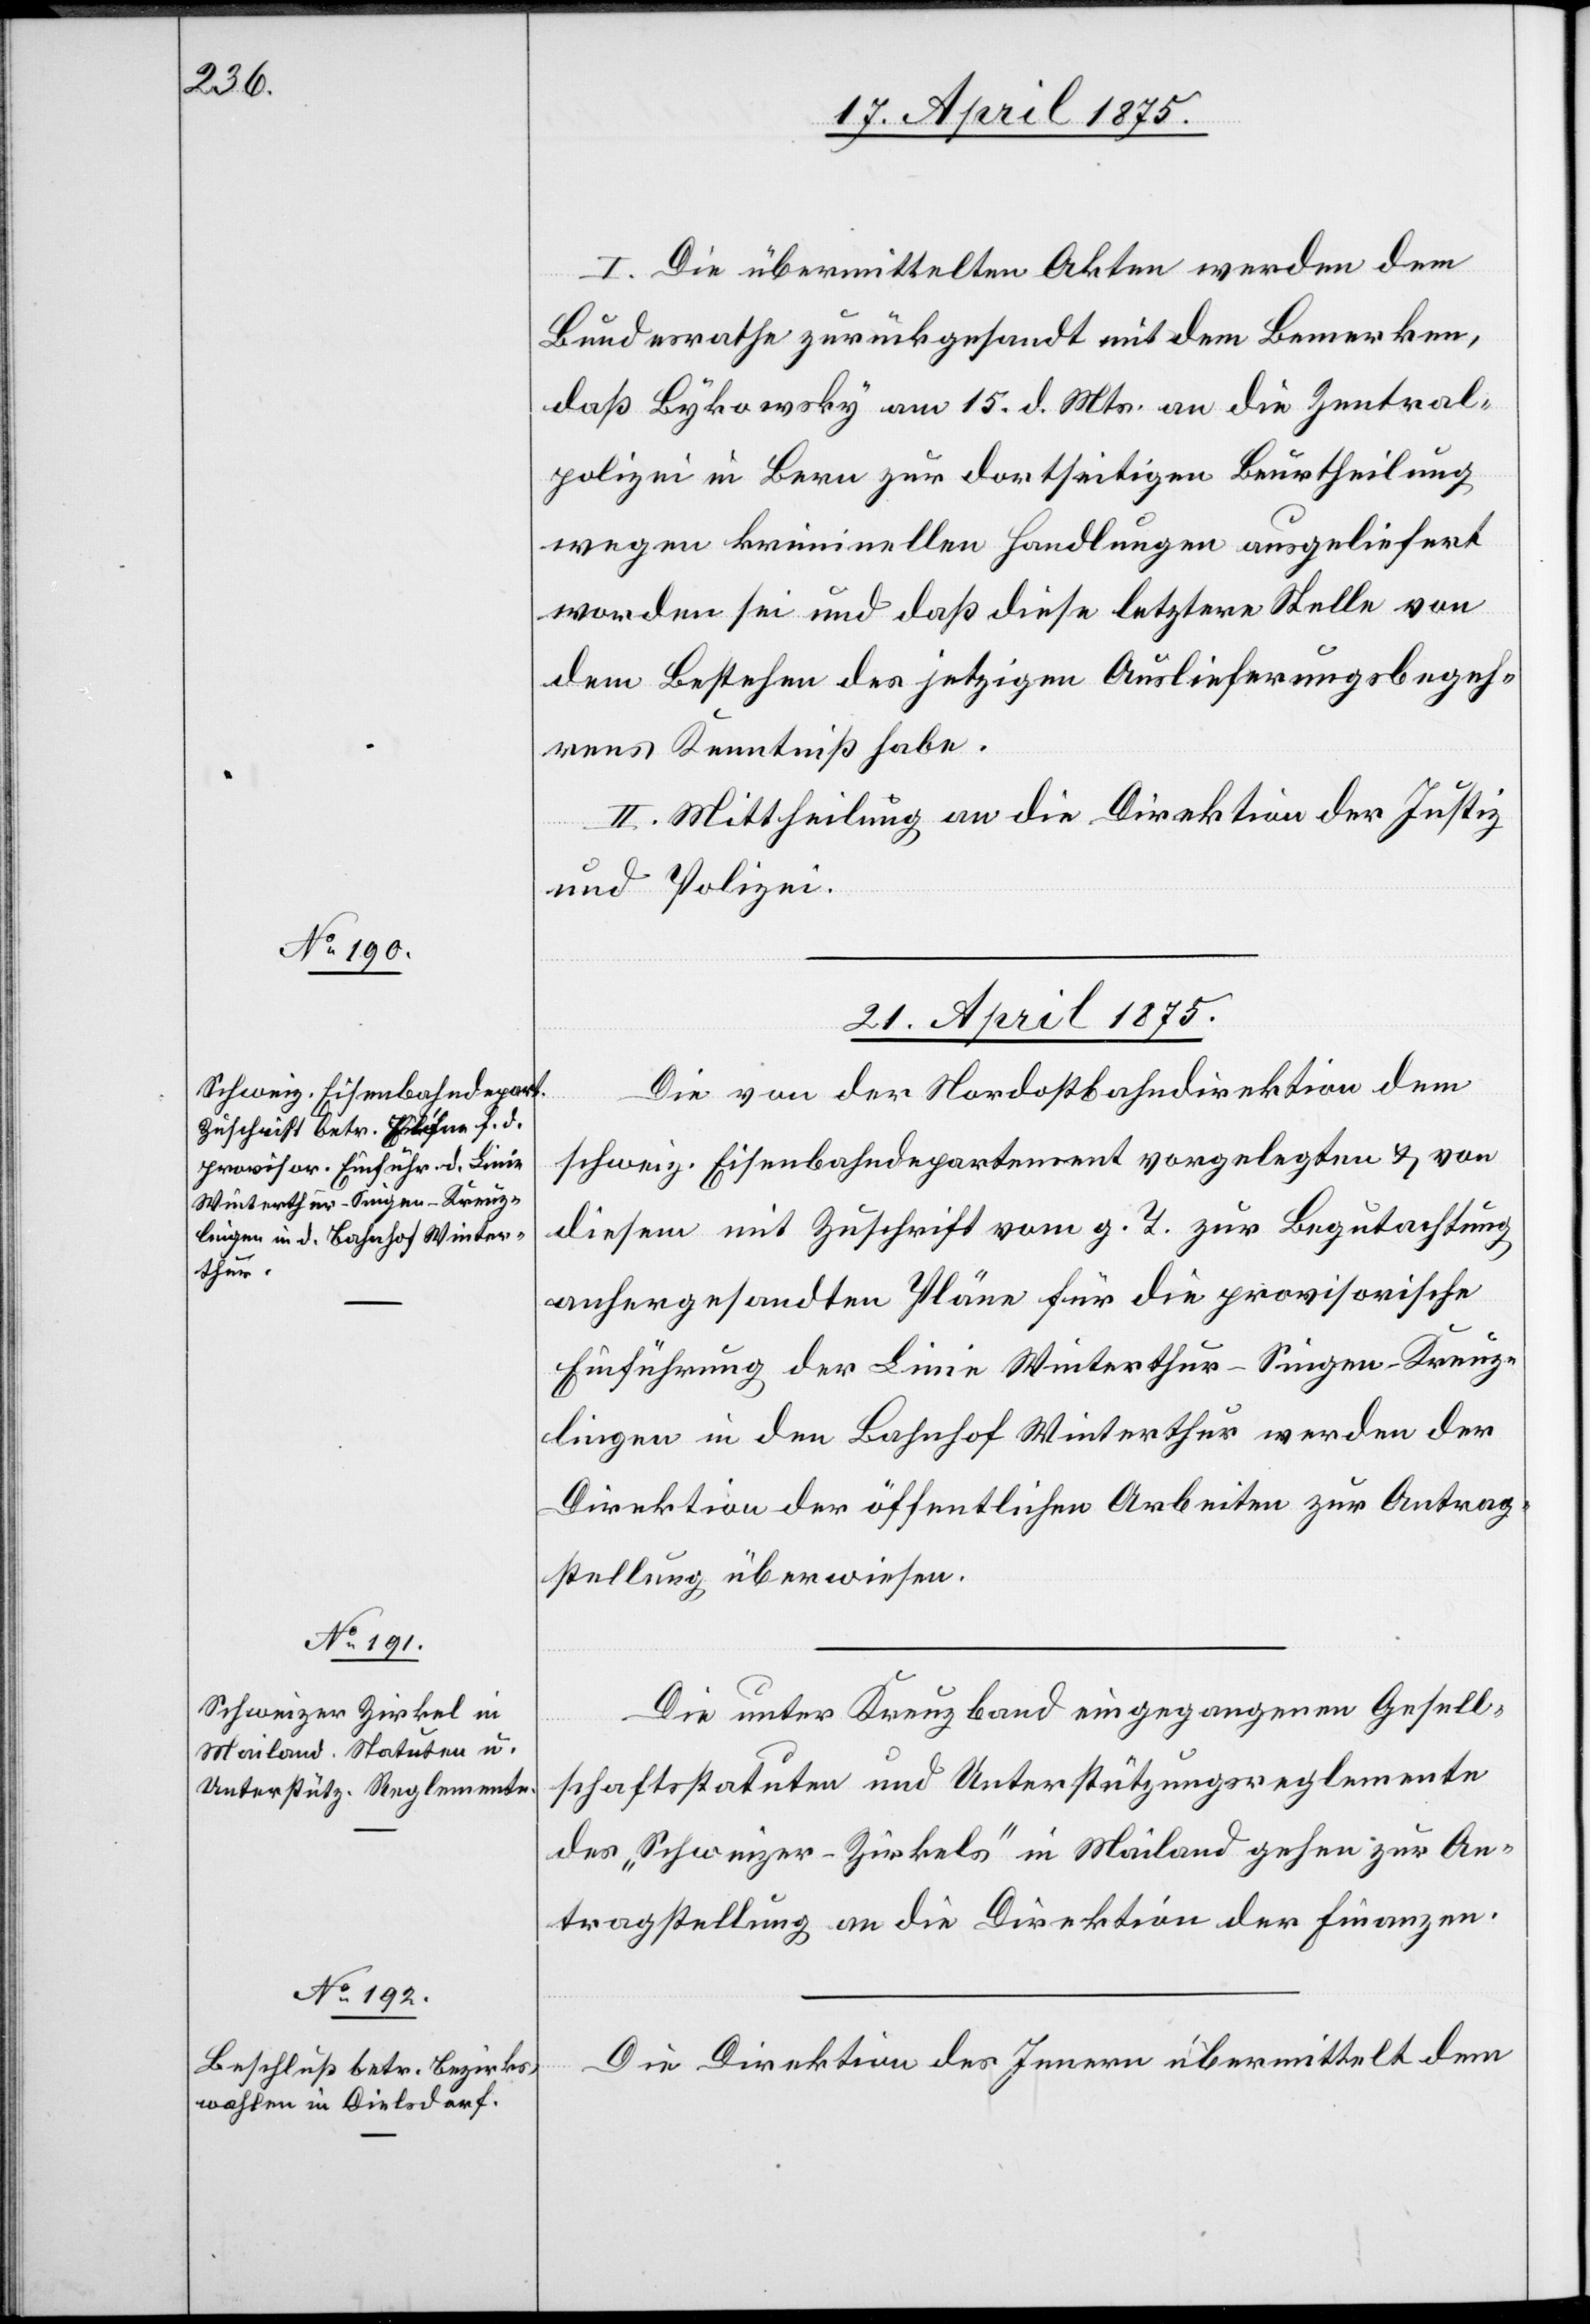
I. Die übermittelten Akten werden dem
Bundesrathe zurückgesandt mit dem Bemerken,
daß Bykowsky vom 15. d. Mts. an die Zentral¬
polizei in Bern zur dortseitigen Beurtheilung
wegen kriminellen Handlungen ausgeliefert
worden sei und daß diese letztere Stelle von
dem Bestehen des jetzigen Auslieferungsbegeh¬
rens Kenntniß habe.
II. Mittheilung an die Direktion der Justiz
und Polizei.
21. April 1875.]
Die von der Nordostbahndirektion dem
schweiz. Eisenbahndepartement vorgelegten & von
diesem mit Zuschrift vom g. T. zur Begutachtung
anhergesandten Pläne für die provisorische
Einführung der Linie Winterthur–Singen–Kreuz¬
lingen in den Bahnhof Winterthur werden der
Direktion der öffentlichen Arbeiten zur Antrag¬
stellung überwiesen.
Die unter Kreuzband eingegangenen Gesell¬
schaftsstatuten und Unterstützungsreglemente
des „Schweizer-Zirkels“ in Mailand gehen zur An¬
tragstellung an die Direktion der Finanzen.
Die Direktion des Innern übermittelt dem